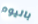
باليوم